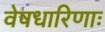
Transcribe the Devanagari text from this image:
वेषधारिणाः